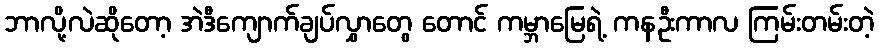
ဘာလို့လဲဆိုတော့ အဲဒီကျောက်ချပ်လွှာတွေ တောင် ကမ္ဘာမြေရဲ့ ကနဦးကာလ ကြမ်းတမ်းတဲ့